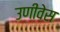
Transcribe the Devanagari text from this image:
उणीवेस